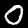
Label: 0